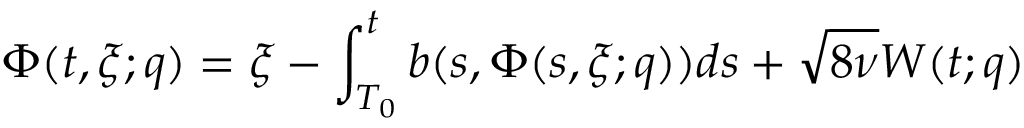
\Phi ( t , \xi ; q ) = \xi - \int _ { T _ { 0 } } ^ { t } b ( s , \Phi ( s , \xi ; q ) ) d s + \sqrt { 8 \nu } W ( t ; q )